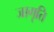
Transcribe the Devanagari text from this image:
जागृति